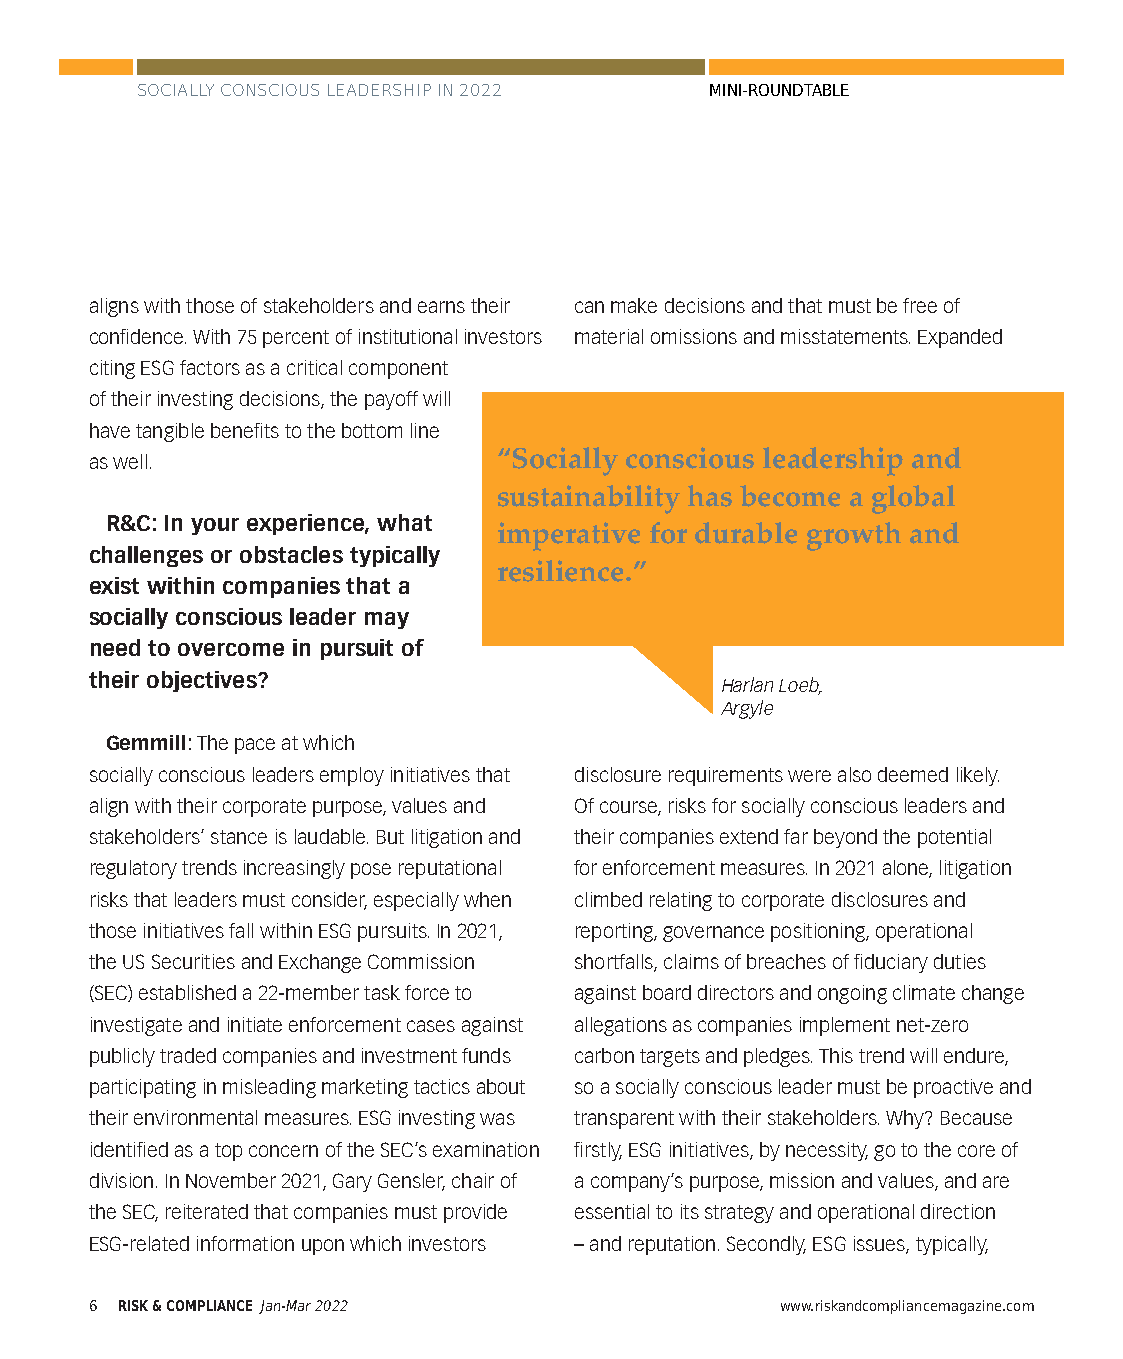
SOCIALLY CONSCIOUS LEADERSHIP IN 2022 MINI-ROUNDTABLE
 aligns with those of stakeholders and earns their can make decisions and that must be free of
 confidence. With 75 percent of institutional investors material omissions and misstatements. Expanded
 citing ESG factors as a critical component
 of their investing decisions, the payoff will
 have tangible benefits to the bottom line
 “Socially conscious leadership and
 as well.
 sustainability has become a global
 R&C: In your experience, what
 imperative for durable growth and
 challenges or obstacles typically
 resilience.”
 exist within companies that a
 socially conscious leader may
 need to overcome in pursuit of
 their objectives?
 Harlan Loeb,
 Argyle
 Gemmill: The pace at which
 socially conscious leaders employ initiatives that disclosure requirements were also deemed likely.
 align with their corporate purpose, values and Of course, risks for socially conscious leaders and
 stakeholders’ stance is laudable. But litigation and their companies extend far beyond the potential
 regulatory trends increasingly pose reputational for enforcement measures. In 2021 alone, litigation
 risks that leaders must consider, especially when climbed relating to corporate disclosures and
 those initiatives fall within ESG pursuits. In 2021, reporting, governance positioning, operational
 the US Securities and Exchange Commission shortfalls, claims of breaches of fiduciary duties
 (SEC) established a 22-member task force to against board directors and ongoing climate change
 investigate and initiate enforcement cases against allegations as companies implement net-zero
 publicly traded companies and investment funds carbon targets and pledges. This trend will endure,
 participating in misleading marketing tactics about so a socially conscious leader must be proactive and
 their environmental measures. ESG investing was transparent with their stakeholders. Why? Because
 identified as a top concern of the SEC’s examination firstly, ESG initiatives, by necessity, go to the core of
 division. In November 2021, Gary Gensler, chair of a company’s purpose, mission and values, and are
 the SEC, reiterated that companies must provide essential to its strategy and operational direction
 ESG-related information upon which investors – and reputation. Secondly, ESG issues, typically,
 6 RISK & COMPLIANCE Jan-Mar 2022              www.riskandcompliancemagazine.com